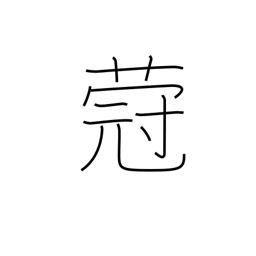
Meaning: type of plant